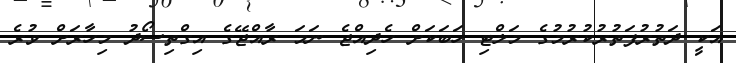
އަކީ ދަތުރުފަތުރުކުރުމުގެ މަލްޓި ހަބަކަށް ހެދިއްޖެ ނަމަ ރާއްޖޭގެ އިގްތިސޯދު މިހާރަށް ވުރެ